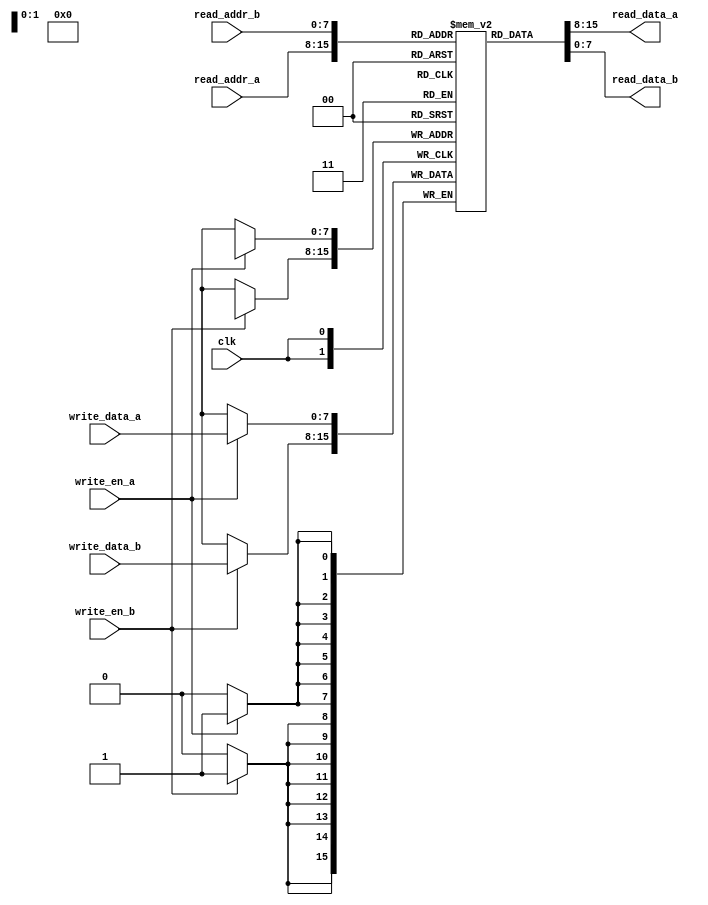
module DualPortRAM (
    input wire clk,
    input wire write_en_a,
    input wire write_en_b,
    input wire [7:0] write_data_a,
    input wire [7:0] write_data_b,
    input wire [7:0] read_addr_a,
    input wire [7:0] read_addr_b,
    output reg [7:0] read_data_a,
    output reg [7:0] read_data_b
);

reg [7:0] mem [0:255];

always @(posedge clk) begin
    if (write_en_a) begin
        mem[write_addr_a] <= write_data_a;
    end
    if (write_en_b) begin
        mem[write_addr_b] <= write_data_b;
    end
end

assign read_data_a = mem[read_addr_a];
assign read_data_b = mem[read_addr_b];

endmodule